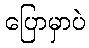
ပြောမှာပဲ